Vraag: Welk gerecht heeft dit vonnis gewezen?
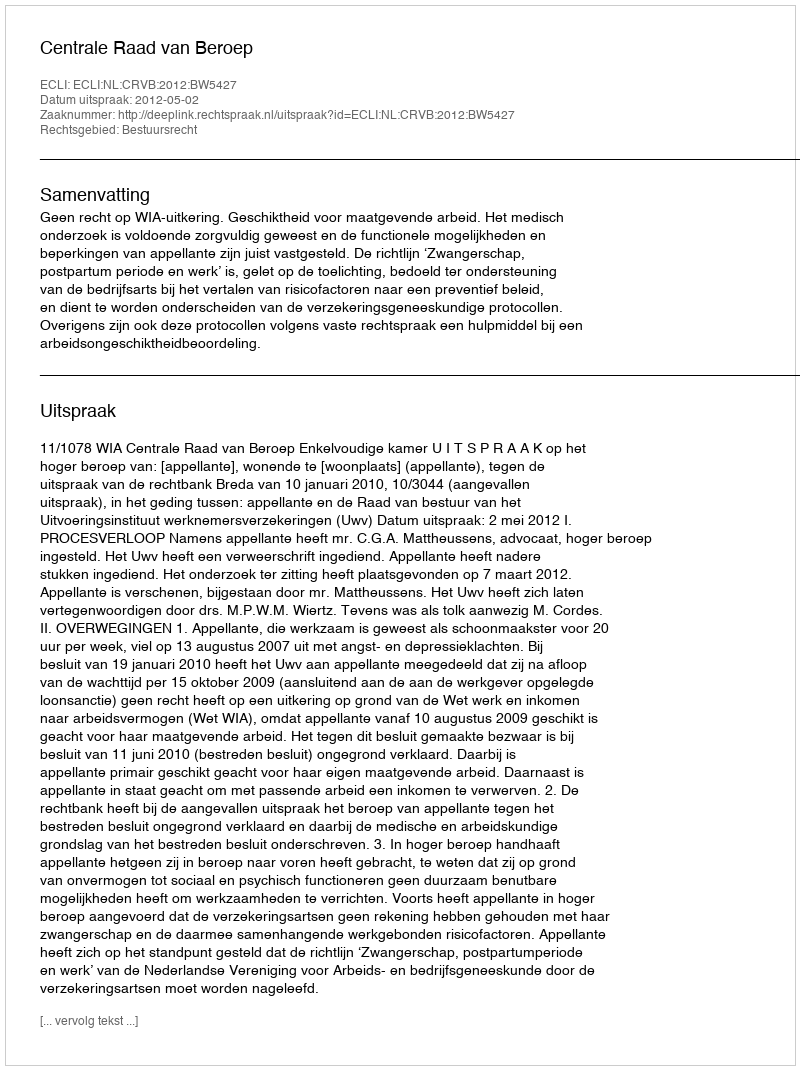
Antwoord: Centrale Raad van Beroep